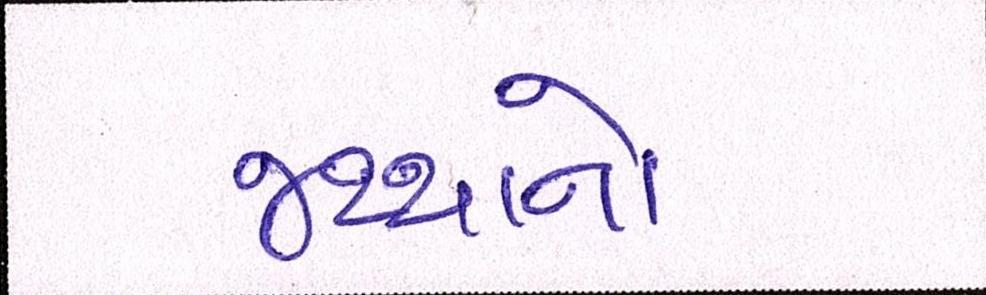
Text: જથ્થાનો